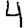
Digit: 4